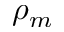
\rho _ { m }